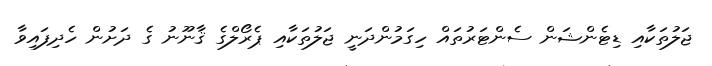
ޖަލުތަކާއި ޑިޓެންޝަން ސެންޓަރުތައް ހިގަމުންދަނީ ޖަލުތަކާއި ޕެރޯލްގެ ޤާނޫނު ގެ ދަށުން ހެދިފައިވާ